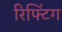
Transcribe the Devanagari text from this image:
रिफ्टिंग